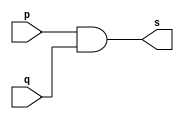
// ------------------------- 
// Exemplo0003 - AND 
// Nome: Ursula Rosa Monteiro de Castro 
// ------------------------- 
// ------------------------- 
// -- and gate 
// ------------------------- 
module andgate ( output s, 
input p, 
input q); 
assign s = p & q; 
endmodule // andgate 
// --------------------- 
// -- test and gate 
// --------------------- 
module testandgate; 
// ------------------------- dados locais 
reg a, b; // definir registradores 
wire s; // definir conexao (fio) 
// ------------------------- instancia 
andgate AND1 (s, a, b); 
// ------------------------- preparacao 
initial begin:start 
a=0; b=0; 
end 
// ------------------------- parte principal 
initial begin 
$display("Exemplo0003 - Ursula Rosa - 427468"); 
$display("Test AND gate"); 
$display("\na & b = s\n"); 
a=0; b=0; 
#1 $display("%b & %b = %b", a, b, s); 
a=0; b=1; 
#1 $display("%b & %b = %b", a, b, s); 
a=1; b=0; 
#1 $display("%b & %b = %b", a, b, s); 
a=1; b=1; 
#1 $display("%b & %b = %b", a, b, s); 
end 
endmodule // testandgate